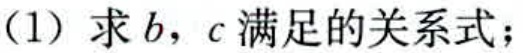
(1) 求\(b\)，\(c\)满足的关系式；